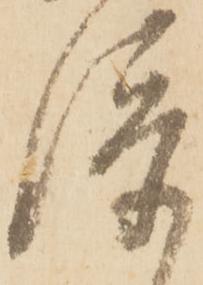
添